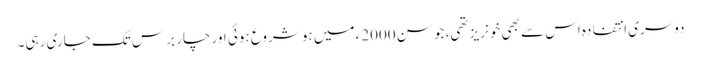
دوسری انتفادہ اس سے بھی خونریز تھی، جو سن 2000ء میں ہو شروع ہوئی اور چار برس تک جاری رہی۔